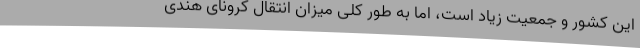
این کشور و جمعیت زیاد است، اما به طور کلی میزان انتقال کرونای هندی